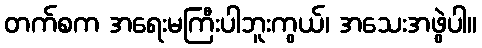
တက်စက အရေးမကြီးပါဘူးကွယ်၊ အသေးအဖွဲပါ။